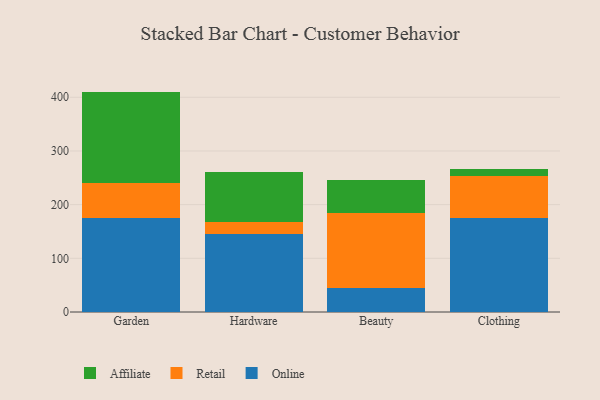
{"axis": {"x": "Category", "y": "Humidity (%)"}, "legend": ["Affiliate", "Online", "Retail"], "data": [{"x": "Garden", "y": 175.7, "type": "Online"}, {"x": "Garden", "y": 65.3, "type": "Retail"}, {"x": "Garden", "y": 169.6, "type": "Affiliate"}, {"x": "Hardware", "y": 145.2, "type": "Online"}, {"x": "Hardware", "y": 23.3, "type": "Retail"}, {"x": "Hardware", "y": 91.8, "type": "Affiliate"}, {"x": "Beauty", "y": 44.6, "type": "Online"}, {"x": "Beauty", "y": 140.2, "type": "Retail"}, {"x": "Beauty", "y": 60.2, "type": "Affiliate"}, {"x": "Clothing", "y": 175.9, "type": "Online"}, {"x": "Clothing", "y": 78.3, "type": "Retail"}, {"x": "Clothing", "y": 12.4, "type": "Affiliate"}]}